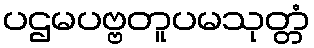
ပဌမပဗ္ဗတူပမသုတ္တံ